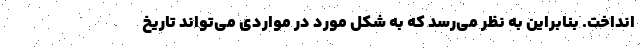
انداخت. بنابراین به نظر می‌رسد که به شکل مورد در مواردی می‌تواند تاریخ